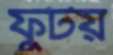
ফুটয়